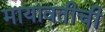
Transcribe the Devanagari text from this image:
मायावतीची